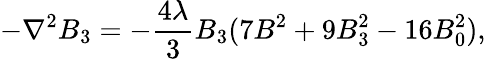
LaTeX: -\nabla^{2}B_{3}=-{\frac{4\lambda}{3}}B_{3}(7B^{2}+9B_{3}^{2}-16B_{0}^{2}),